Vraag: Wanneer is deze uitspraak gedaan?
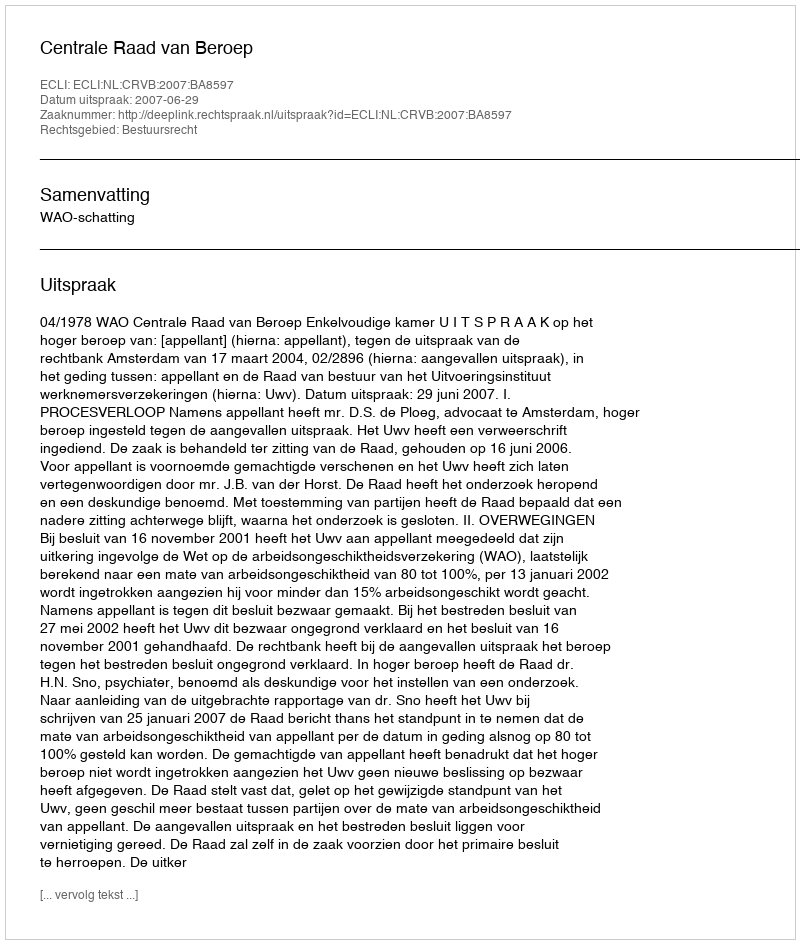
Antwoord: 2007-06-29